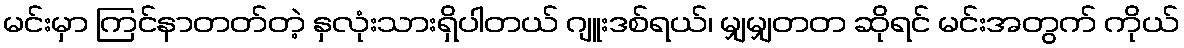
မင်းမှာ ကြင်နာတတ်တဲ့ နှလုံးသားရှိပါတယ် ဂျူးဒစ်ရယ်၊ မျှမျှတတ ဆိုရင် မင်းအတွက် ကိုယ်